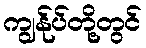
ကျွန်ုပ်တို့တွင်